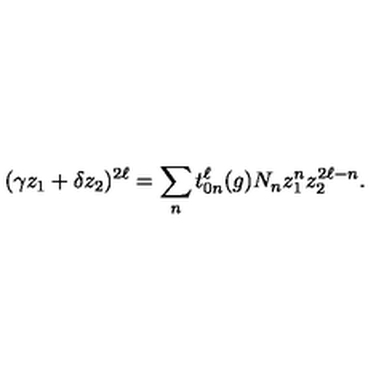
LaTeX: ( \gamma z _ { 1 } + \delta z _ { 2 } ) ^ { 2 \ell } = \sum _ { n } t _ { 0 n } ^ { \ell } ( g ) N _ { n } z _ { 1 } ^ { n } z _ { 2 } ^ { 2 \ell - n } .